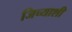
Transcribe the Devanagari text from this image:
जिच्याशी